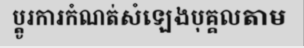
ប្តូរការកំណត់សំឡេងបុគ្គលតាម